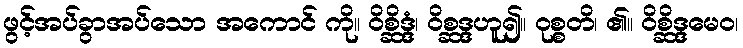
ဖွင့်အပ်ခွာအပ်သော အကောင် ကို။ ဝိစ္ဆိဒ္ဒံ၊ ဝိစ္ဆဒ္ဒဟူ၍။ ဝုစ္စတိ၊ ၏။ ဝိစ္ဆိဒ္ဒမေဝ၊